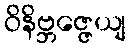
ဝိနိဗ္ဘဇ္ဇေယျ